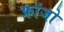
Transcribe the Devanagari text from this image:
फ्रांजो